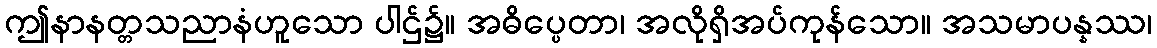
ဤနာနတ္တသညာနံဟူသော ပါဌ်၌။ အဓိပ္ပေတာ၊ အလိုရှိအပ်ကုန်သော။ အသမာပန္နဿ၊